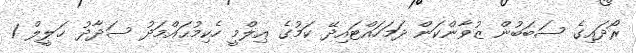
ރޯދައިގެ ސަބަބުން ޒުވާންކަން ދަމަހައްޓައިދޭ ކަމުގެ ޢިލްމީ ހެކިމުޙައްމަދު ސަދާދު ޚަލީލް 1